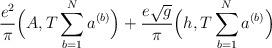
LaTeX: \begin{align*}\frac{e^2}{\pi} \Big( A, T \sum_{b=1}^N a^{(b)} \Big) +\frac{e \sqrt{g}}{\pi} \Big( h, T \sum_{b=1}^N a^{(b)} \Big)\end{align*}